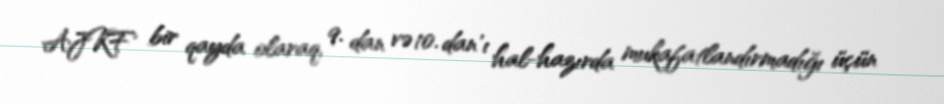
AJKF bir qayda olaraq, 9. dan və 10. dan'ı hal-hazırda mukafatlandırmadığı üçün